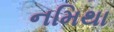
નમિથા